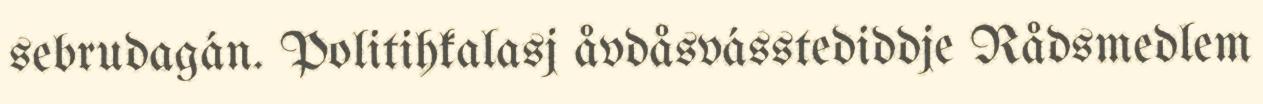
sebrudagán. Politihkalasj åvdåsvásstediddje Rådsmedlem